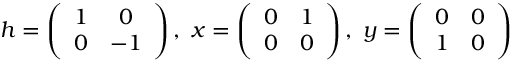
h = \left( \begin{array} { c c } { { 1 } } & { { 0 } } \\ { { 0 } } & { { - 1 } } \end{array} \right) , \ x = \left( \begin{array} { c c } { { 0 } } & { { 1 } } \\ { { 0 } } & { { 0 } } \end{array} \right) , \ y = \left( \begin{array} { c c } { { 0 } } & { { 0 } } \\ { { 1 } } & { { 0 } } \end{array} \right)